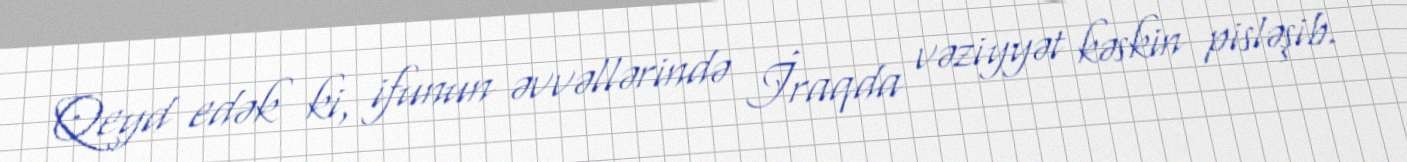
Qeyd edək ki, ifunun əvvəllərində İraqda vəziyyət kəskin pisləşib.